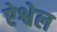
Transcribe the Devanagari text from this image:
ऐश्वेल